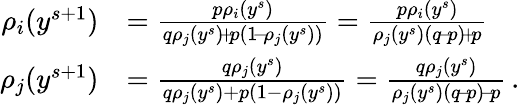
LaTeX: \begin{array}{rl}{\rho_{i}(y^{s+1})}&{=\frac{p\rho_{i}(y^{s})}{q\rho_{j}(y^{s})\! +\! p(1\! -\! \rho_{j}(y^{s}))}=\frac{p\rho_{i}(y^{s})}{\rho_{j}(y^{s})(q\! -\! p)\! +\! p}}\\ {\rho_{j}(y^{s+1})}&{=\frac{q\rho_{j}(y^{s})}{q\rho_{j}(y^{s})+p(1-\rho_{j}(y^{s}))}=\frac{q\rho_{j}(y^{s})}{\rho_{j}(y^{s})(q\! -\! p)\! -\! p}\, .}\end{array}